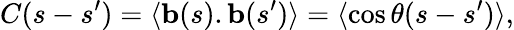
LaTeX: C(s-s{'})=\langle\mathbf{b}(s).\mathbf{b}(s{'})\rangle=\langle\cos\theta(s-s{'})\rangle,